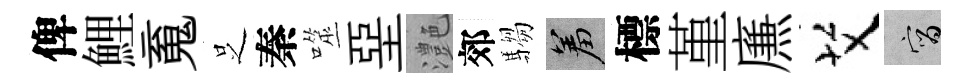
俾鯉䰟𠯁秦噬堊灔郊騶羞標堇㢘艾宵